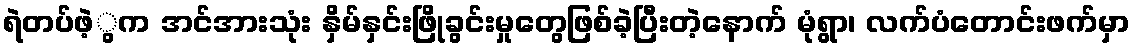
ရဲတပ်ဖဲ့ွက အင်အားသုံး နှိမ်နှင်းဖြိုခွင်းမှုတွေဖြစ်ခဲ့ပြီးတဲ့နောက် မုံရွာ၊ လက်ပံတောင်းဖက်မှာ